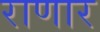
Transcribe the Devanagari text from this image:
राणार